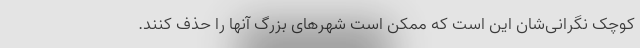
کوچک نگرانی‌شان این است که ممکن است شهرهای بزرگ آنها را حذف کنند.